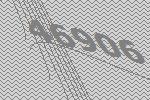
46906